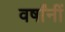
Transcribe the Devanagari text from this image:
वर्षांनीं